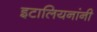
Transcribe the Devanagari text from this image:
इटालियनांनी